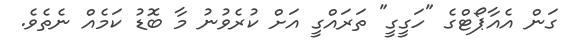
ގަން އެއާޕޯޓްގެ "ހަގީގީ" ތަރައްގީ އަށް ކުރެވުނު މާ ބޮޑު ކަމެއް ނެތެވެ.